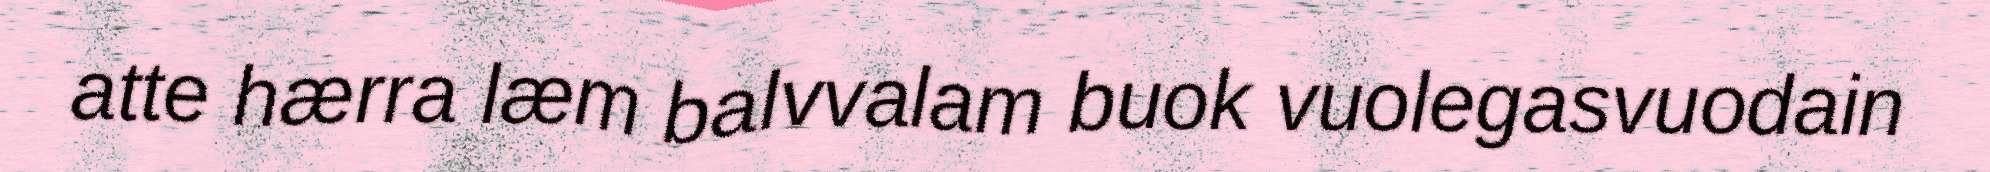
atte hærra læm balvvalam buok vuolegasvuodain